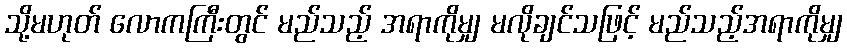
သို့မဟုတ် လောကကြီးတွင် မည်သည့် အရာကိုမျှ မလိုချင်သဖြင့် မည်သည့်အရာကိုမျှ